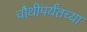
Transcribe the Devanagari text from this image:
चौथीपर्यंतच्या